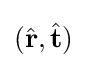
({\hat {\mathbf {r} }},{\hat {\mathbf {t} }})